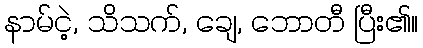
နာမ်ငဲ့, သိသက်, ချေ, ဘောတီ ပြီး၏။